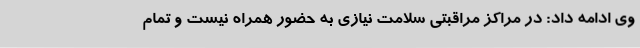
وی ادامه داد: در مراکز مراقبتی سلامت نیازی به حضور همراه نیست و تمام